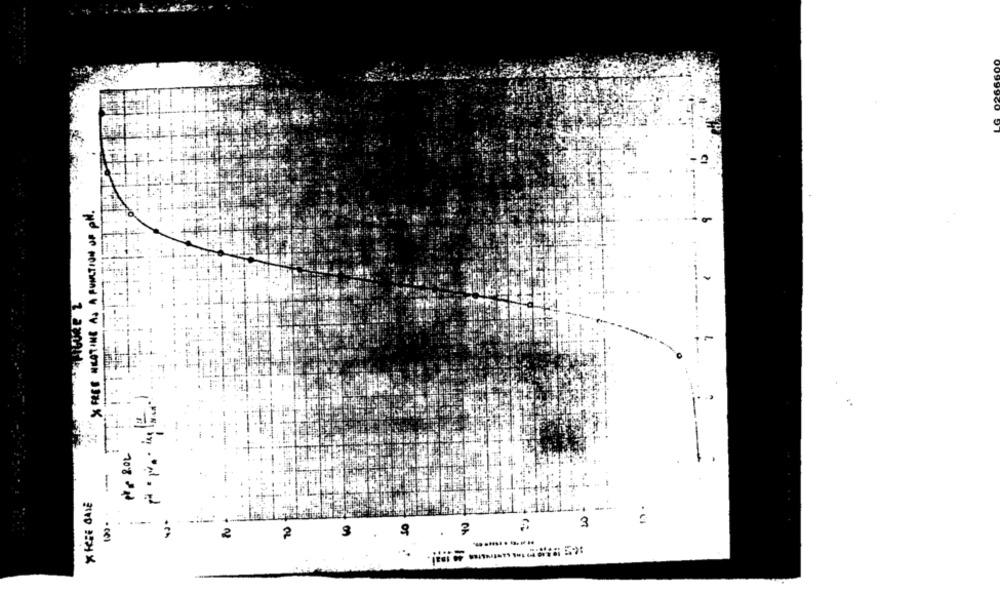
---
708 22
3
. ?
CA
2
2
Of